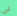
بي